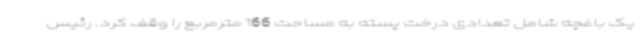
یک باغچه شامل تعدادی درخت پسته به مساحت 166 مترمربع را وقف کرد. رئیس